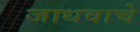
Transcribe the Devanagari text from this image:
जाधवाचे